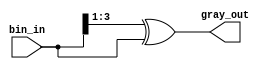
module bin_to_gray(

bin_in,

gray_out

);

parameter data_width = 4;

 

input [data_width-1:0] bin_in;

output [data_width-1:0] gray_out;

 

assign gray_out = (bin_in >> 1) ^ bin_in;

 

endmodule